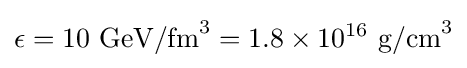
\epsilon =10~{\text{GeV/fm}}^{3}=1.8\times 10^{16}~{\text{g/cm}}^{3}